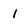
Character: 1